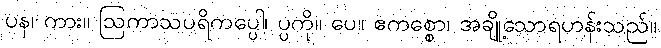
ပန၊ ကား။ ဩကာသပရိကပ္ပေါ၊ ပ္ပကို။ ပေ။ ဧကစ္စော၊ အချို့သောရဟန်းသည်။